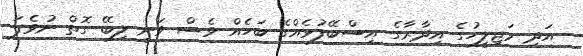
އަދި މަޖިލީހުގެ އިދާރާގެ އިސްބޭފުޅެއްގެ ބަހެއް ވެސް ވަނީ ލިބޭ ގޮތް ނުވެފަ